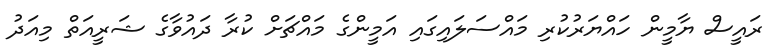
ރައީސް ޔާމީން ހައްޔަރުކުރި މައްސަލައިގައި އަމީންގެ މައްޗަށް ކުރާ ދައުވާގެ ޝަރީއަތް މިއަދު